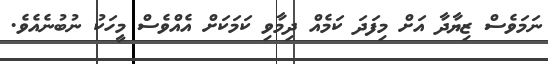
ނަމަވެސް ޒިޔާދާ އަށް މިފަދަ ކަމެއް ދިމާވި ކަމަކަށް އެއްވެސް މީހަކު ނުބުނެއެވެ.